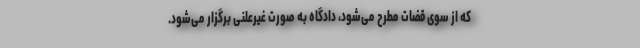
که از سوی قضات مطرح می‌شود، دادگاه به صورت غیرعلنی برگزار می‌شود.